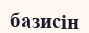
базисін